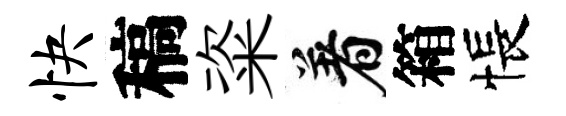
快稿粢着箱悵